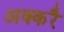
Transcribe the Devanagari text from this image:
अक्करै